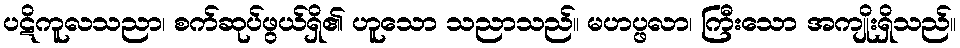
ပဋိကူလသညာ၊ စက်ဆုပ်ဖွယ်ရှိ၏ ဟူသော သညာသည်။ မဟပ္ဖလာ၊ ကြီးသော အကျိုးရှိသည်။